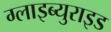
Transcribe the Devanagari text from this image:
ग्लाइब्युराइड